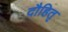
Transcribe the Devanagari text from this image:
दौहितृ